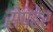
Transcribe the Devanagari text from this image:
सेपेहेर